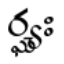
ర్ఘ్యః